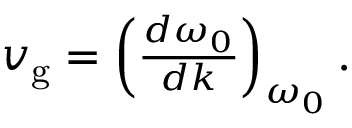
\begin{array} { r } { v _ { \mathrm { g } } = \left( \frac { d \omega _ { 0 } } { d k } \right) _ { \omega _ { 0 } } . } \end{array}